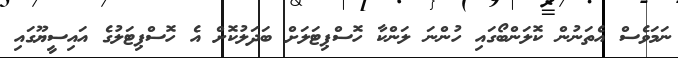
ނަމަވެސް އެތަނުން ކޮލަންބޯގައި ހުންނަ ލަންކާ ހޮސްޕިޓަލަށް ބަދަލުކޮށް އެ ހޮސްޕިޓަލުގެ އައިސީޔޫގައި